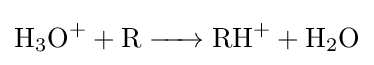
{\ce {H3O+ + R -> RH+ + H2O}}